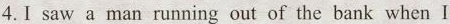
4.I saw a man running out of the bank when I